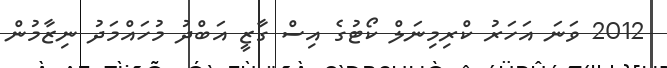
2012 ވަނަ އަހަރު ކްރިމިނަލް ކޯޓުގެ އިސް ގާޒީ އަބްދު މުހައްމަދު ނިޒާމުން